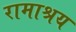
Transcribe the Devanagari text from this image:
रामाश्रय